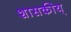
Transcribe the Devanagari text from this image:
शासकीय्